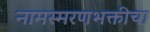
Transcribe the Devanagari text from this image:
नामस्मरणभक्तीचा